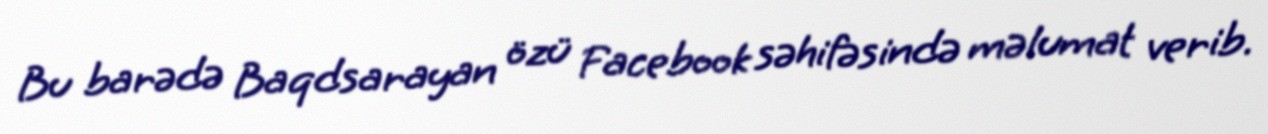
Bu barədə Baqdsarayan özü Facebook səhifəsində məlumat verib.